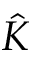
\hat { K }